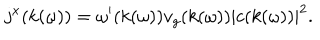
j ^ { x } ( k ( \omega ) ) = \omega ^ { \prime } ( k ( \omega ) ) v _ { g } ( k ( \omega ) ) | c ( k ( \omega ) ) | ^ { 2 } .